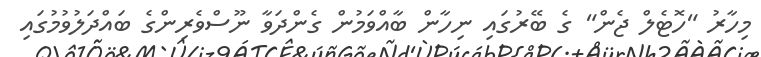
މިހާރު "ހޮޓެލް ޖެން" ގެ ބޭރުގައި ނިހާން ބާއްވަމުން ގެންދަވާ ނޫސްވެރިންގެ ބައްދަލުވުމުގައި